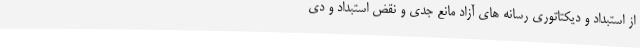
از استبداد و دیکتاتوری رسانه های آزاد مانع جدی و نقض استبداد و دی